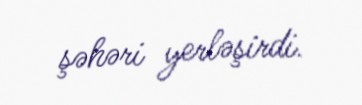
şəhəri yerləşirdi.